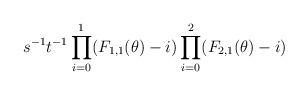
LaTeX: \begin{align*}s^{-1}t^{-1} \prod_{i=0}^1 (F_{1,1}(\theta) - i) \prod_{i=0}^2 (F_{2,1}(\theta)-i)\end{align*}